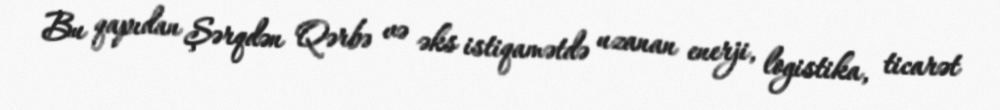
Bu qapıdan Şərqdən Qərbə və əks istiqamətdə uzanan enerji, logistika, ticarət